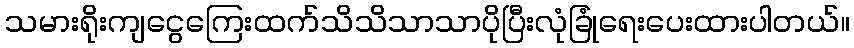
သမားရိုးကျငွေကြေးထက်သိသိသာသာပိုပြီးလုံခြုံရေးပေးထားပါတယ်။